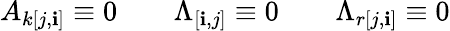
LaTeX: A_{k[j,\mathbf{i}]}\equiv0\qquad\Lambda_{[\mathbf{i},j]}\equiv0\qquad\Lambda_{r[j,\mathbf{i}]}\equiv0